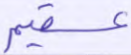
عقيم